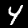
Digit: 4